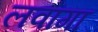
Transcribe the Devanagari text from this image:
लवांगा